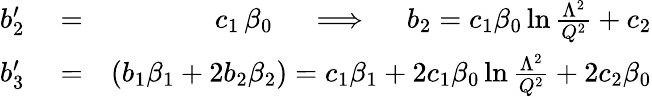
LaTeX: \begin{array}{rlr}{b_{2}^{\prime}}&{{}=}&{c_{1}\, \beta_{0}\quad\implies\quad b_{2}=c_{1}\beta_{0}\ln{\frac{\Lambda^{2}}{Q^{2}}}+c_{2}}\\ {b_{3}^{\prime}}&{{}=}&{(b_{1}\beta_{1}+2b_{2}\beta_{2})=c_{1}\beta_{1}+2c_{1}\beta_{0}\ln{\frac{\Lambda^{2}}{Q^{2}}}+2c_{2}\beta_{0}}\end{array}